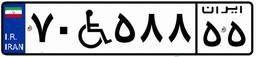
۷۰W۵۸۸۵۵